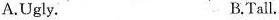
A.Ugly. B.Tall.